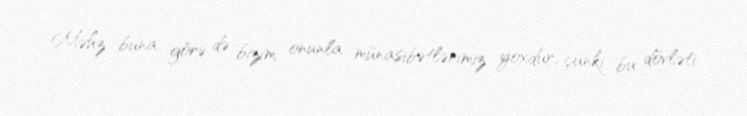
Məhz buna görə də bizim onunla münasibətlərimiz yoxdur, çünki bu dövləti